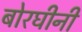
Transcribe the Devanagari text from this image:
बोरघीनी